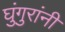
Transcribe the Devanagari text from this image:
घुंगुरांनी